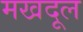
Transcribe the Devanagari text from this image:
मखदूल